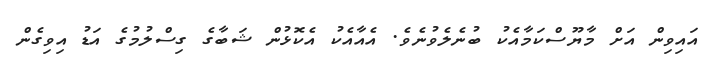
އައިވިން އަށް މާޔޫސްކަމާއެކު ބުނެލެވުނެވެ. އެއާއެކު އެކޮޅުން ޝަބާގެ ގިސްލުމުގެ އަޑު އިވިގެން